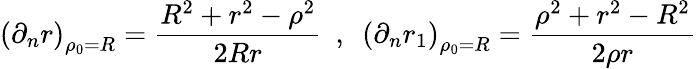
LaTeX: \left(\partial_{n}r\right)_{\rho_{0}=R}={\frac{R^{2}+r^{2}-\rho^{2}}{2Rr}}~~,~~\left(\partial_{n}r_{1}\right)_{\rho_{0}=R}={\frac{\rho^{2}+r^{2}-R^{2}}{2\rho r}}